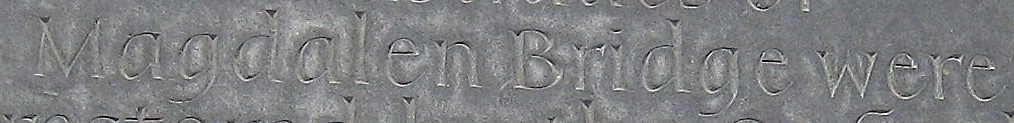
Magdalen Bridge were